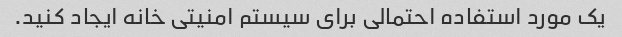
یک مورد استفاده احتمالی برای سیستم امنیتی خانه ایجاد کنید.